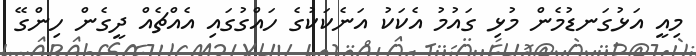
މިއީ އަޅުގަނޑުމެން މުޅި ގައުމު އެކަކު އަނެކަކުގެ ހައްގުގައި އެއްޗެއް ދީގެން ހިންގޭ